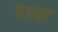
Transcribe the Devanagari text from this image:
बैठकाें